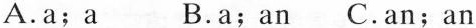
A.a;a B.a;an C.an;an